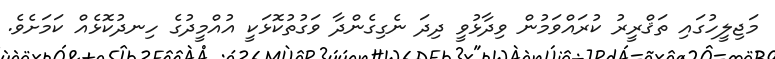
މަޖިލީހުގައި ތަޤްރީރު ކުރައްވަމުން ވިދާޅުވީ ދިދަ ނެގިގެންދާ ވަގުތުކޮޅަކީ އުއްމީދުގެ ހިނދުކޮޅެއް ކަމަށެވެ.